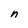
Character: n